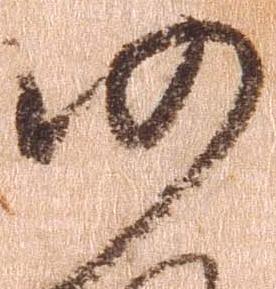
仍